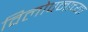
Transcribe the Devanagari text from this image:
विलोपनाच्या